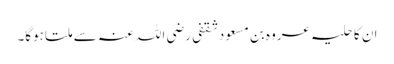
ان کا حلیہ عروہ بن مسعود ثقفی رضی اللہ عنہ سے ملتا ہوگا۔